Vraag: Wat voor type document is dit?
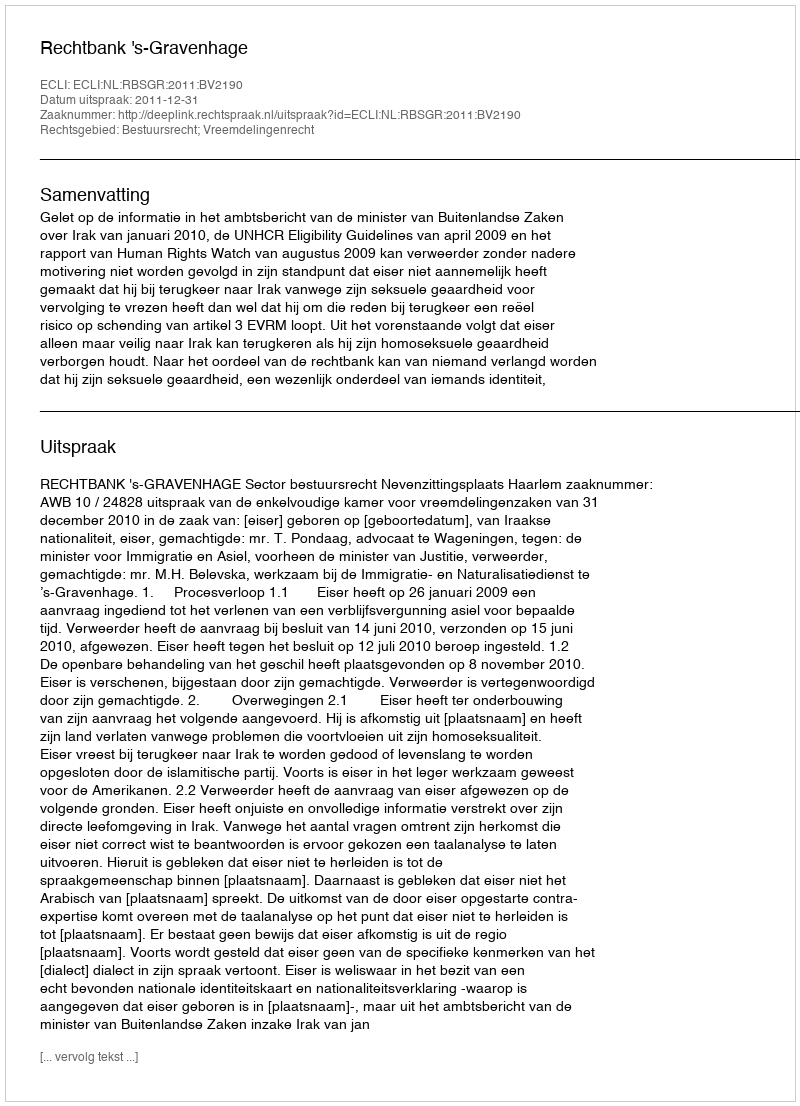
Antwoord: Uitspraak